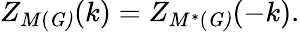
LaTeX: Z_{M(\mathit{G)}}(k)=Z_{M^{\ast}(\mathit{G)}}(-k).